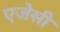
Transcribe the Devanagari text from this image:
एजेसी